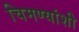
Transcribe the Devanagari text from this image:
चिमण्यांशी